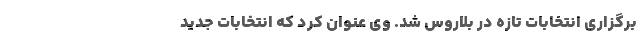
برگزاری انتخابات تازه در بلاروس شد. وی عنوان کرد که انتخابات جدید